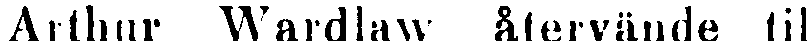
Arthur Wardlaw återvände til